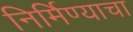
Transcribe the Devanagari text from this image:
निर्मिण्याचा